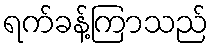
ရက်ခန့်ကြာသည်